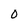
Character: 0